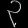
Digit: ၃